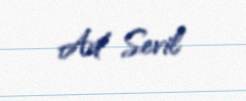
Ad Sevil